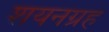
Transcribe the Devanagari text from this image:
शयनग्रह